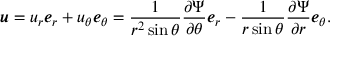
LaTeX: { \boldsymbol { u } } = u _ { r } { \boldsymbol { e } } _ { r } + u _ { \theta } { \boldsymbol { e } } _ { \theta } = { \frac { 1 } { r ^ { 2 } \sin \theta } } { \frac { \partial \Psi } { \partial \theta } } { \boldsymbol { e } } _ { r } - { \frac { 1 } { r \sin \theta } } { \frac { \partial \Psi } { \partial r } } { \boldsymbol { e } } _ { \theta } .